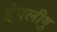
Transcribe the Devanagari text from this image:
इंगलीषु